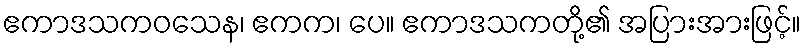
ဧကာဒသကဝသေန၊ ဧကက၊ ပေ။ ဧကာဒသကတို့၏ အပြားအားဖြင့်။